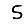
Digit: 5